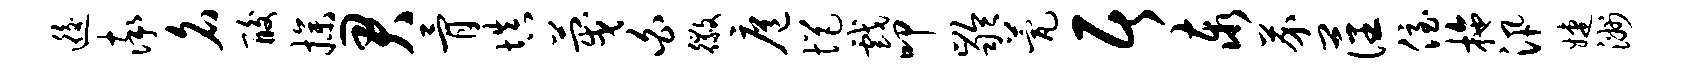
逅率名酸操君骨填蔑白徽扈悒戏叩龄甍居泰芥藩侄拖汛婕洲